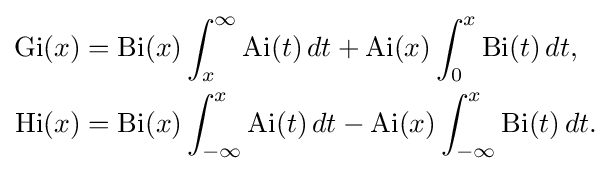
{\begin{aligned}\mathrm {Gi} (x)&{}=\mathrm {Bi} (x)\int _{x}^{\infty }\mathrm {Ai} (t)\,dt+\mathrm {Ai} (x)\int _{0}^{x}\mathrm {Bi} (t)\,dt,\\\mathrm {Hi} (x)&{}=\mathrm {Bi} (x)\int _{-\infty }^{x}\mathrm {Ai} (t)\,dt-\mathrm {Ai} (x)\int _{-\infty }^{x}\mathrm {Bi} (t)\,dt.\end{aligned}}